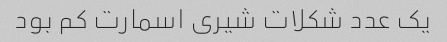
یک عدد شکلات شیری اسمارت کم بود